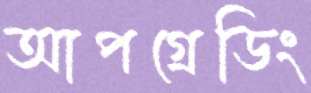
আপগ্রেডিং